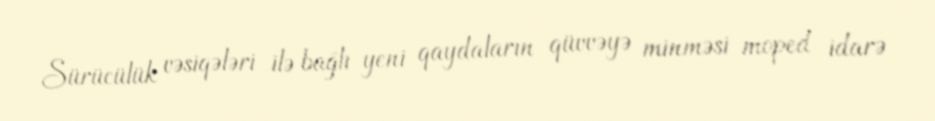
Sürücülük vəsiqələri ilə bağlı yeni qaydaların qüvvəyə minməsi moped idarə